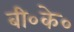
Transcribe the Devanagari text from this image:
बी०के०